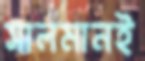
সালমানই